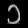
Digit: ၁